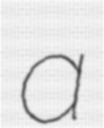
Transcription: a